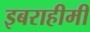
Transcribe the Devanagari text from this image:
इबराहीमी